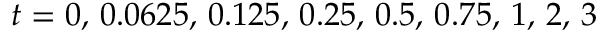
t = 0 , \, 0 . 0 6 2 5 , \, 0 . 1 2 5 , \, 0 . 2 5 , \, 0 . 5 , \, 0 . 7 5 , \, 1 , \, 2 , \, 3